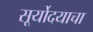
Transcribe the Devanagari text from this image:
सूर्योदयाचा